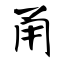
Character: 甬